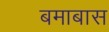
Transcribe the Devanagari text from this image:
बमाबास